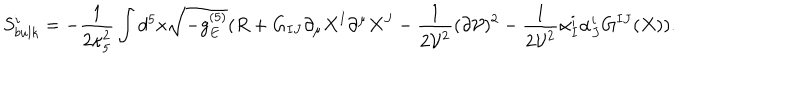
LaTeX: S _ { b u l k } ^ { i } = - \frac { 1 } { 2 \kappa _ { 5 } ^ { 2 } } \int d ^ { 5 } x \sqrt { - g _ { E } ^ { ( 5 ) } } ( R + G _ { I J } \partial _ { \mu } X ^ { I } \partial ^ { \mu } X ^ { J } - \frac { 1 } { 2 { \cal V } ^ { 2 } } ( \partial { \cal V } ) ^ { 2 } - \frac { 1 } { 2 { \cal V } ^ { 2 } } \alpha _ { I } ^ { i } \alpha _ { J } ^ { i } G ^ { I J } ( X ) ) .